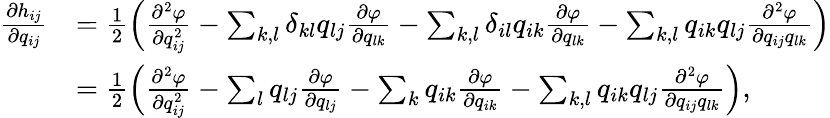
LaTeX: \begin{array}{rl}{\frac{\partial h_{ij}}{\partial q_{ij}}}&{=\frac{1}{2}\left(\frac{\partial^{2}\varphi}{\partial q_{ij}^{2}}-\sum_{k,l}\delta_{kl}q_{lj}\frac{\partial\varphi}{\partial q_{lk}}-\sum_{k,l}\delta_{il}q_{ik}\frac{\partial\varphi}{\partial q_{lk}}-\sum_{k,l}q_{ik}q_{lj}\frac{\partial^{2}\varphi}{\partial q_{ij}q_{lk}}\right)}\\ &{=\frac{1}{2}\left(\frac{\partial^{2}\varphi}{\partial q_{ij}^{2}}-\sum_{l}q_{lj}\frac{\partial\varphi}{\partial q_{lj}}-\sum_{k}q_{ik}\frac{\partial\varphi}{\partial q_{ik}}-\sum_{k,l}q_{ik}q_{lj}\frac{\partial^{2}\varphi}{\partial q_{ij}q_{lk}}\right),}\end{array}